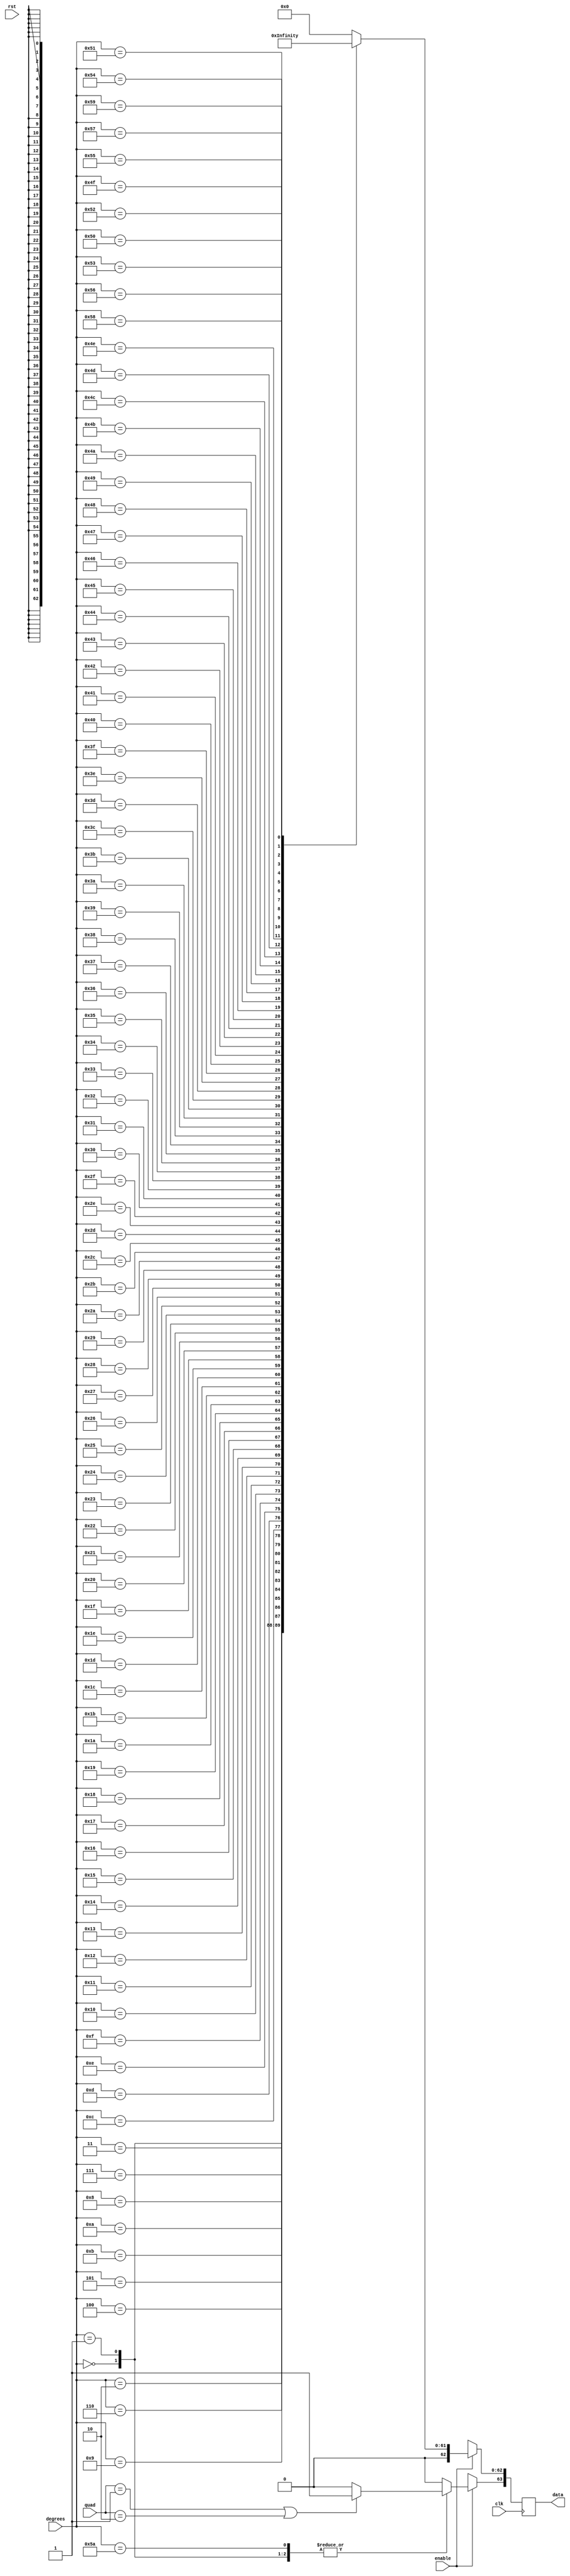
/////////////////////////////////////////////////////////////////////
////                                                             ////
////                                                          ////
////  Trigonometric functions using double precision Floating Point Unit        ////
////                                                             ////
////          muni_aditya@yahoo.com                                ////
////                                                             ////
/////////////////////////////////////////////////////////////////////
////                                                             ////
//// Copyright (C) 2013 Muni Aditya                           ////
////                  muni_aditya@yahoo.com                        ////
////                                                             ////
//// This source file may be used and distributed without        ////
//// restriction provided that this copyright statement is not   ////
//// removed from the file and that any derivative work contains ////
//// the original copyright notice and the associated disclaimer.////
////                                                             ////
////     THIS SOFTWARE IS PROVIDED ``AS IS'' AND WITHOUT ANY     ////
//// EXPRESS OR IMPLIED WARRANTIES, INCLUDING, BUT NOT LIMITED   ////
//// TO, THE IMPLIED WARRANTIES OF MERCHANTABILITY AND FITNESS   ////
//// FOR A PARTICULAR PURPOSE. IN NO EVENT SHALL THE AUTHOR      ////
//// OR CONTRIBUTORS BE LIABLE FOR ANY DIRECT, INDIRECT,         ////
//// INCIDENTAL, SPECIAL, EXEMPLARY, OR CONSEQUENTIAL DAMAGES    ////
//// (INCLUDING, BUT NOT LIMITED TO, PROCUREMENT OF SUBSTITUTE   ////
//// GOODS OR SERVICES; LOSS OF USE, DATA, OR PROFITS; OR        ////
//// BUSINESS INTERRUPTION) HOWEVER CAUSED AND ON ANY THEORY OF  ////
//// LIABILITY, WHETHER IN  CONTRACT, STRICT LIABILITY, OR TORT  ////
//// (INCLUDING NEGLIGENCE OR OTHERWISE) ARISING IN ANY WAY OUT  ////
//// OF THE USE OF THIS SOFTWARE, EVEN IF ADVISED OF THE         ////
//// POSSIBILITY OF SUCH DAMAGE.                                 ////
////                                                             ////
/////////////////////////////////////////////////////////////////////

`timescale 1ns / 100ps

`define INPUT_WIDTH 32

module cosine_lut (quad, enable, degrees, data, rst, clk);

input [1:0] quad;
input enable;
input rst;
input [`INPUT_WIDTH-1:0] degrees ;
input clk;

//////////////inputs/////////////////

output reg [63:0] data;

//////////////output/////////////////


always@(posedge clk )

//needs to be positive in first and fourth quadrants

 begin
        if (quad == 2'b01 || quad == 2'b10)
        begin
        data[63] <= 1'b1;
        end

        else
        begin
        data[63] <= 1'b0;
        end

	if(enable)
	case (degrees)

//look up table
 
`INPUT_WIDTH'd0  : data[62:0] <= 64'h3ff0000000000000;
`INPUT_WIDTH'd1  : data[62:0] <= 64'h3feffec097f5af8a;
`INPUT_WIDTH'd2  : data[62:0] <= 64'h3feffb0278bf0567;
`INPUT_WIDTH'd3  : data[62:0] <= 64'h3feff4c5ed12e61d;
`INPUT_WIDTH'd4  : data[62:0] <= 64'h3fefec0b7170fff6;
`INPUT_WIDTH'd5  : data[62:0] <= 64'h3fefe0d3b41815a2;
`INPUT_WIDTH'd6  : data[62:0] <= 64'h3fefd31f94f867c6;
`INPUT_WIDTH'd7  : data[62:0] <= 64'h3fefc2f025a23e8b;
`INPUT_WIDTH'd8  : data[62:0] <= 64'h3fefb046a930947a;
`INPUT_WIDTH'd9  : data[62:0] <= 64'h3fef9b24942fe45c;
`INPUT_WIDTH'd10 : data[62:0] <= 64'h3fef838b8c811c17;
`INPUT_WIDTH'd11 : data[62:0] <= 64'h3fef697d6938b6c2;
`INPUT_WIDTH'd12 : data[62:0] <= 64'h3fef4cfc327a0080;
`INPUT_WIDTH'd13 : data[62:0] <= 64'h3fef2e0a214e870f;
`INPUT_WIDTH'd14 : data[62:0] <= 64'h3fef0ca99f79ba25;
`INPUT_WIDTH'd15 : data[62:0] <= 64'h3feee8dd4748bf15;
`INPUT_WIDTH'd16 : data[62:0] <= 64'h3feec2a7e35e7b80;
`INPUT_WIDTH'd17 : data[62:0] <= 64'h3fee9a0c6e7bdb20;
`INPUT_WIDTH'd18 : data[62:0] <= 64'h3fee6f0e134454ff;
`INPUT_WIDTH'd19 : data[62:0] <= 64'h3fee41b02bfeb4cb;
`INPUT_WIDTH'd20 : data[62:0] <= 64'h3fee11f642522d1c;
`INPUT_WIDTH'd21 : data[62:0] <= 64'h3feddfe40effb805;
`INPUT_WIDTH'd22 : data[62:0] <= 64'h3fedab7d7997cb58;
`INPUT_WIDTH'd23 : data[62:0] <= 64'h3fed74c6982c666f;
`INPUT_WIDTH'd24 : data[62:0] <= 64'h3fed3bc3aeff7f95;
`INPUT_WIDTH'd25 : data[62:0] <= 64'h3fed0079302dd767;
`INPUT_WIDTH'd26 : data[62:0] <= 64'h3fecc2ebbb5638ca;
`INPUT_WIDTH'd27 : data[62:0] <= 64'h3fec83201d3d2c6d;
`INPUT_WIDTH'd28 : data[62:0] <= 64'h3fec411b4f6d2708;
`INPUT_WIDTH'd29 : data[62:0] <= 64'h3febfce277d339c6;
`INPUT_WIDTH'd30 : data[62:0] <= 64'h3febb67ae8584cab;
`INPUT_WIDTH'd31 : data[62:0] <= 64'h3feb6dea1e76eade;
`INPUT_WIDTH'd32 : data[62:0] <= 64'h3feb2335c2cda945;
`INPUT_WIDTH'd33 : data[62:0] <= 64'h3fead663a8ae2fdc;
`INPUT_WIDTH'd34 : data[62:0] <= 64'h3fea8779cda8eea5;
`INPUT_WIDTH'd35 : data[62:0] <= 64'h3fea367e59158747;
`INPUT_WIDTH'd36 : data[62:0] <= 64'h3fe9e3779b97f4a8;
`INPUT_WIDTH'd37 : data[62:0] <= 64'h3fe98e6c0ea27a14;
`INPUT_WIDTH'd38 : data[62:0] <= 64'h3fe9376253f463d1;
`INPUT_WIDTH'd39 : data[62:0] <= 64'h3fe8de613515a328;
`INPUT_WIDTH'd40 : data[62:0] <= 64'h3fe8836fa2cf5039;
`INPUT_WIDTH'd41 : data[62:0] <= 64'h3fe82694b4a11c37;
`INPUT_WIDTH'd42 : data[62:0] <= 64'h3fe7c7d7a833bec2;
`INPUT_WIDTH'd43 : data[62:0] <= 64'h3fe7673fe0c86982;
`INPUT_WIDTH'd44 : data[62:0] <= 64'h3fe704d4e6a54d39;
`INPUT_WIDTH'd45 : data[62:0] <= 64'h3fe6a09e667f3bcd;
`INPUT_WIDTH'd46 : data[62:0] <= 64'h3fe63aa430e07311;
`INPUT_WIDTH'd47 : data[62:0] <= 64'h3fe5d2ee398c9c2b;
`INPUT_WIDTH'd48 : data[62:0] <= 64'h3fe5698496e20bd8;
`INPUT_WIDTH'd49 : data[62:0] <= 64'h3fe4fe6f81384fd5;
`INPUT_WIDTH'd50 : data[62:0] <= 64'h3fe491b7523c161d;
`INPUT_WIDTH'd51 : data[62:0] <= 64'h3fe4236484487abe;
`INPUT_WIDTH'd52 : data[62:0] <= 64'h3fe3b37fb1bdc939;
`INPUT_WIDTH'd53 : data[62:0] <= 64'h3fe342119455beb7;
`INPUT_WIDTH'd54 : data[62:0] <= 64'h3fe2cf2304755a5e;
`INPUT_WIDTH'd55 : data[62:0] <= 64'h3fe25abcf87c4979;
`INPUT_WIDTH'd56 : data[62:0] <= 64'h3fe1e4e88411fd12;
`INPUT_WIDTH'd57 : data[62:0] <= 64'h3fe16daed770771e;
`INPUT_WIDTH'd58 : data[62:0] <= 64'h3fe0f5193eacdd2a;
`INPUT_WIDTH'd59 : data[62:0] <= 64'h3fe07b3120fddf15;
`INPUT_WIDTH'd60 : data[62:0] <= 64'h3fe0000000000001;
`INPUT_WIDTH'd61 : data[62:0] <= 64'h3fdf071eedefa0ee;
`INPUT_WIDTH'd62 : data[62:0] <= 64'h3fde0bd27424507a;
`INPUT_WIDTH'd63 : data[62:0] <= 64'h3fdd0e2e2b44de01;
`INPUT_WIDTH'd64 : data[62:0] <= 64'h3fdc0e45dabe05c9;
`INPUT_WIDTH'd65 : data[62:0] <= 64'h3fdb0c2d77379853;
`INPUT_WIDTH'd66 : data[62:0] <= 64'h3fda07f921061ad4;
`INPUT_WIDTH'd67 : data[62:0] <= 64'h3fd901bd2298ffaa;
`INPUT_WIDTH'd68 : data[62:0] <= 64'h3fd7f98deee59684;
`INPUT_WIDTH'd69 : data[62:0] <= 64'h3fd6ef801fced33a;
`INPUT_WIDTH'd70 : data[62:0] <= 64'h3fd5e3a8748a0bf7;
`INPUT_WIDTH'd71 : data[62:0] <= 64'h3fd4d61bd000cddd;
`INPUT_WIDTH'd72 : data[62:0] <= 64'h3fd3c6ef372fe950;
`INPUT_WIDTH'd73 : data[62:0] <= 64'h3fd2b637cf83d5c8;
`INPUT_WIDTH'd74 : data[62:0] <= 64'h3fd1a40add328e29;
`INPUT_WIDTH'd75 : data[62:0] <= 64'h3fd0907dc1930690;
`INPUT_WIDTH'd76 : data[62:0] <= 64'h3fcef74bf2e4b91b;
`INPUT_WIDTH'd77 : data[62:0] <= 64'h3fcccb3236cdc67a;
`INPUT_WIDTH'd78 : data[62:0] <= 64'h3fca9cd9ac4258f2;
`INPUT_WIDTH'd79 : data[62:0] <= 64'h3fc86c6ddd766253;
`INPUT_WIDTH'd80 : data[62:0] <= 64'h3fc63a1a7e0b738c;
`INPUT_WIDTH'd81 : data[62:0] <= 64'h3fc4060b67a85377;
`INPUT_WIDTH'd82 : data[62:0] <= 64'h3fc1d06c968d9e1a;
`INPUT_WIDTH'd83 : data[62:0] <= 64'h3fbf32d44c4f62d4;
`INPUT_WIDTH'd84 : data[62:0] <= 64'h3fbac2609b3c576b;
`INPUT_WIDTH'd85 : data[62:0] <= 64'h3fb64fd6b8c28110;
`INPUT_WIDTH'd86 : data[62:0] <= 64'h3fb1db8f6d6a5123;
`INPUT_WIDTH'd87 : data[62:0] <= 64'h3faacbc748efc921;
`INPUT_WIDTH'd88 : data[62:0] <= 64'h3fa1de58c9f7dc37;
`INPUT_WIDTH'd89 : data[62:0] <= 64'h3f91df0b2b89dd37;
`INPUT_WIDTH'd90 : data[62:0] <= 64'h0000000000000000;

default:data <= 64'h0;

endcase

else 
  data <= 64'hxxxxxxxxxxxxxxx;




end

endmodule